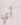
أي